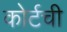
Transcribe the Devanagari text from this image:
कोर्टची